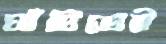
ঘাঁটিতেই